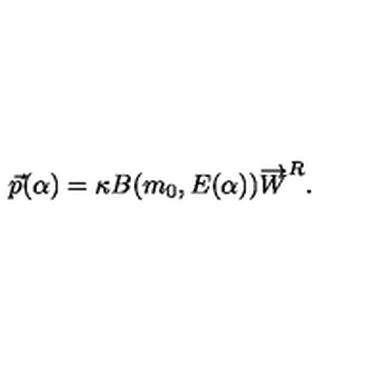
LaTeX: \vec { p } ( \alpha ) = \kappa B ( m _ { 0 } , E ( \alpha ) ) \overrightarrow { W } ^ { R } .